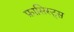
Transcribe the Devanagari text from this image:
फ़ासिस्ट्स